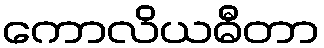
ကောလိယဓီတာ